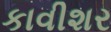
કાવીશર